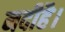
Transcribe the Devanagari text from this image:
नदीहै।